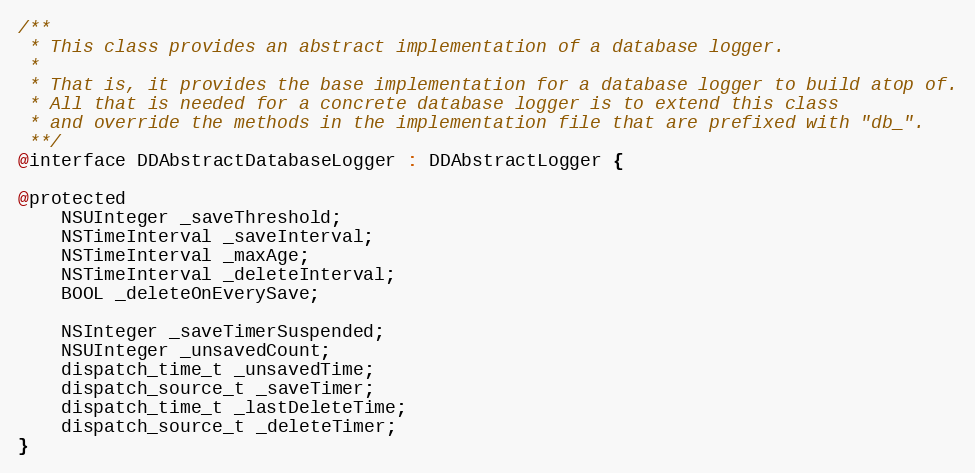
Language: C
/**
 * This class provides an abstract implementation of a database logger.
 *
 * That is, it provides the base implementation for a database logger to build atop of.
 * All that is needed for a concrete database logger is to extend this class
 * and override the methods in the implementation file that are prefixed with "db_".
 **/
@interface DDAbstractDatabaseLogger : DDAbstractLogger {

@protected
    NSUInteger _saveThreshold;
    NSTimeInterval _saveInterval;
    NSTimeInterval _maxAge;
    NSTimeInterval _deleteInterval;
    BOOL _deleteOnEverySave;

    NSInteger _saveTimerSuspended;
    NSUInteger _unsavedCount;
    dispatch_time_t _unsavedTime;
    dispatch_source_t _saveTimer;
    dispatch_time_t _lastDeleteTime;
    dispatch_source_t _deleteTimer;
}